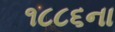
૧૮૮૬ના